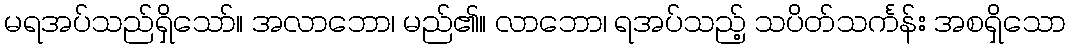
မရအပ်သည်ရှိသော်။ အလာဘော၊ မည်၏။ လာဘော၊ ရအပ်သည့် သပိတ်သင်္ကန်း အစရှိသော